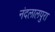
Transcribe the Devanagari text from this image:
नंदलालपुरा